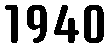
1940